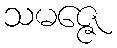
သမဇ္ဇေ